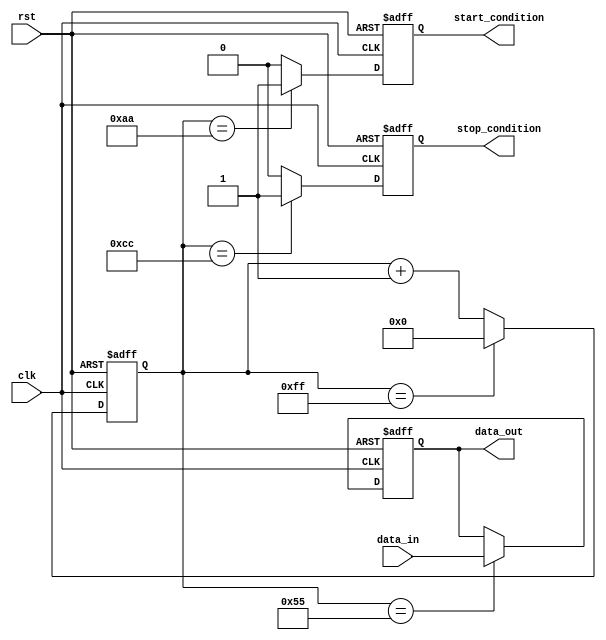
module I2C_timing_control_sync (
    input wire clk,
    input wire rst,
    input wire data_in,
    output reg data_out,
    output reg start_condition,
    output reg stop_condition
);

reg [7:0] clock_counter;
reg clock_enable;

always @ (posedge clk or posedge rst) begin
    if (rst) begin
        clock_counter <= 8'b00000000;
        clock_enable <= 1'b0;
        data_out <= 1'b0;
        start_condition <= 1'b0;
        stop_condition <= 1'b0;
    end else begin
        if (clock_counter == 8'b11111111) begin
            clock_counter <= 8'b00000000;
            clock_enable <= 1'b1;
        end else begin
            clock_counter <= clock_counter + 1;
            clock_enable <= 1'b0;
        end
        
        if (clock_counter == 8'b01010101) begin
            data_out <= data_in;
        end
        
        if (clock_counter == 8'b10101010) begin
            start_condition <= 1'b1;
        end else begin
            start_condition <= 1'b0;
        end
        
        if (clock_counter == 8'b11001100) begin
            stop_condition <= 1'b1;
        end else begin
            stop_condition <= 1'b0;
        end
    end
end

endmodule